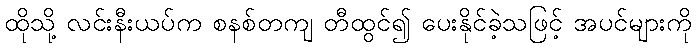
ထိုသို့ လင်းနီးယပ်က စနစ်တကျ တီထွင်၍ ပေးနိုင်ခဲ့သဖြင့် အပင်များကို